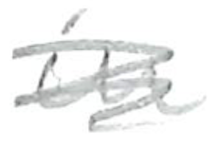
Text: in
Cross-out: scratch
Writing tool: pencil